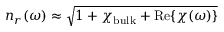
n _ { r } ( \omega ) \approx \sqrt { 1 + \chi _ { \mathrm { b u l k } } + \operatorname { R e } \{ \chi ( \omega ) \} }